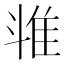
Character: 𱁉